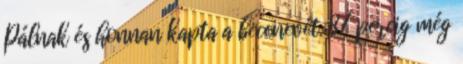
Pálnak és honnan kapta a becenevét. 87 percig még